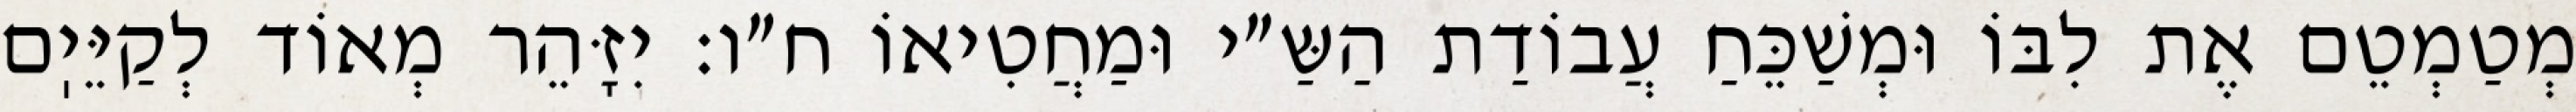
מְטַמְטֵם אֶת לִבּוֹ וּמְשַׁכֵּחַ עֲבוֹדַת הַשַּ״י וּמַחֲטִיאוֹ ח״ו: יִזָּהֵר מְאוֹד לְקַיֵּיֽם